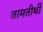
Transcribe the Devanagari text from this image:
वामतीर्थी